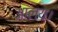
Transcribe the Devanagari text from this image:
आलय।